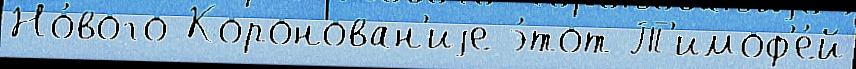
Но́вого Коронован'иjе э́тот Т'имоф'е́й